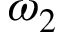
\omega _ { 2 }